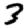
Digit: 3